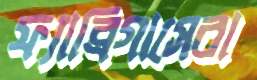
ফ্যাব্রিগাসেরা